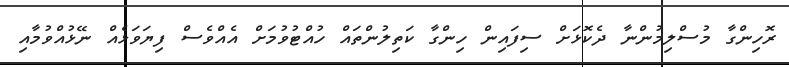
ރޮހިންގާ މުސްލިމުންނާ ދެކޮޅަށް ސިފައިން ހިންގާ ކަތިލުންތައް ހުއްޓުވުމަށް އެއްވެސް ފިޔަވަޅެއް ނޭޅުއްވުމާއި